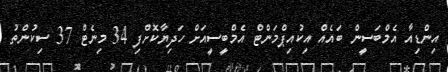
އިންޑިއާ އެމްބަސީން ބައެއް އިކުއިޕްމަންޓް އެމްބީސީއަށް ހަދިޔާކޮށްފި 34 މިނެޓް 37 ސިކުންތު